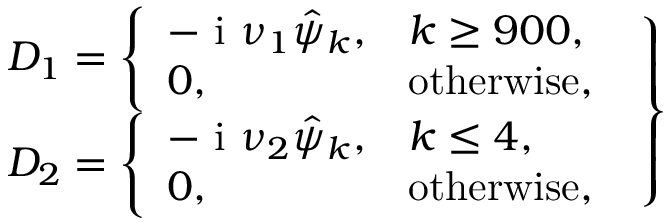
\left. \begin{array} { r } { D _ { 1 } = \left\{ \begin{array} { l l } { - \textnormal { i } \nu _ { 1 } \hat { \psi } _ { k } , } & { k \ge 9 0 0 , } \\ { 0 , } & { \mathrm { o t h e r w i s e } , } \end{array} \right. } \\ { D _ { 2 } = \left\{ \begin{array} { l l } { - \textnormal { i } \nu _ { 2 } \hat { \psi } _ { k } , } & { k \le 4 , } \\ { 0 , } & { \mathrm { o t h e r w i s e } , } \end{array} \right. } \end{array} \right\}